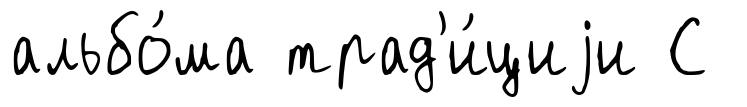
альбо́ма трад'и́циjи С